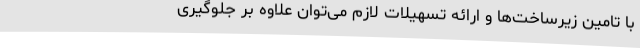
با تامین زیرساخت‌ها و ارائه تسهیلات لازم می‌توان علاوه بر جلوگیری